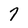
Character: 7